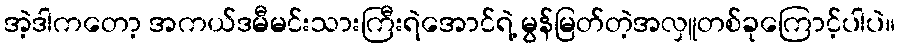
အဲ့ဒါကတော့ အကယ်ဒမီမင်းသားကြီးရဲအောင်ရဲ့ မွန်မြတ်တဲ့အလှူတစ်ခုကြောင့်ပါပဲ။